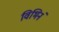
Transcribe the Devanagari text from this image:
विभिनं